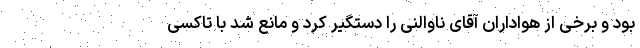
بود و برخی از هواداران آقای ناوالنی را دستگیر کرد و مانع شد با تاکسی